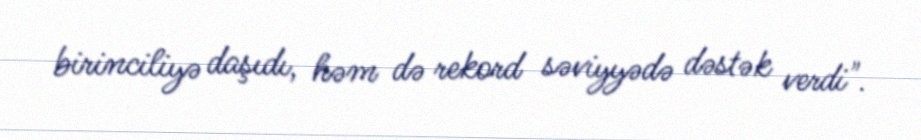
birinciliyə daşıdı, həm də rekord səviyyədə dəstək verdi".